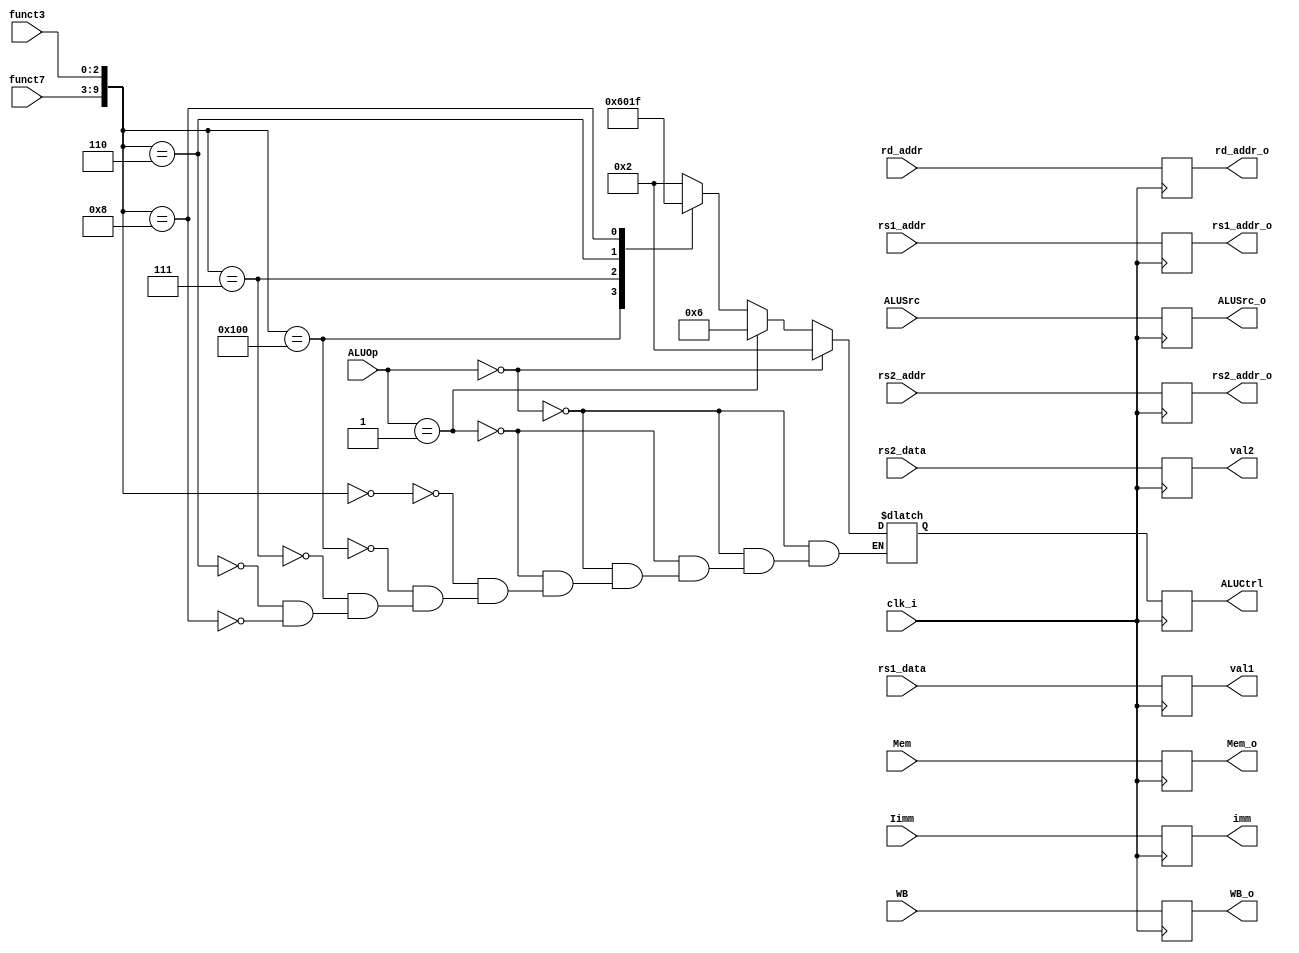
module IDEX(clk_i,rs1_data,rs2_data,Iimm,rs1_addr,rs2_addr,rd_addr,funct3,funct7,WB,Mem,ALUOp,ALUSrc,val1,val2,imm,ALUCtrl,rs1_addr_o,rs2_addr_o,rd_addr_o,Mem_o,WB_o,ALUSrc_o);
    input [31:0] rs1_data,rs2_data,Iimm;
    input [4:0] rs1_addr,rs2_addr,rd_addr;
    input [2:0] funct3;
    input [6:0] funct7;
    input [1:0] Mem,ALUOp;
    input WB,ALUSrc,clk_i;
    output reg [31:0] val1,val2,imm;
    output reg [3:0] ALUCtrl;
    output reg [4:0] rs1_addr_o,rs2_addr_o,rd_addr_o;
    output reg [1:0] Mem_o;
    output reg WB_o,ALUSrc_o;

    reg [3:0] tmp;
    reg [9:0] funct;

    initial begin
        {val1,val2,imm,ALUCtrl,rs1_addr_o,rs2_addr_o,rd_addr_o,Mem_o,WB_o,ALUSrc_o} <= 0;
    end

    always @ ( posedge clk_i ) begin
        val1 <= rs1_data;
        val2 <= rs2_data;
        imm <= Iimm;
        rs1_addr_o <= rs1_addr;
        rs2_addr_o <= rs2_addr;
        rd_addr_o <= rd_addr;
        Mem_o <= Mem;
        WB_o <= WB;
        ALUCtrl <= tmp;
        ALUSrc_o <= ALUSrc;
    end

    // control
    always @(*) begin
        funct = {funct7,funct3};
        if (ALUOp == 2'b00)
            tmp = 4'b0010;
        else if (ALUOp == 2'b01)
            tmp = 4'b0110;
        else
            case (funct)
                10'b0000000000: tmp = 4'b0010;
                10'b0100000000: tmp = 4'b0110;
                10'b0000000111: tmp = 4'b0000;
                10'b0000000110: tmp = 4'b0001;
                10'b0000001000: tmp = 4'b1111;
            endcase
    end

endmodule